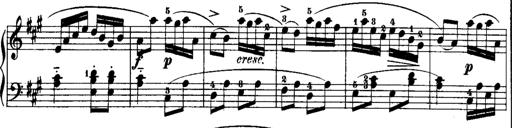
Title: Rondos and Sonatinas for Pianoforte
Composer: Daniel Steibelt